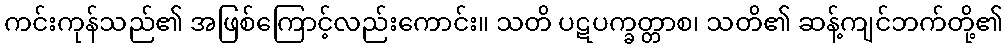
ကင်းကုန်သည်၏ အဖြစ်ကြောင့်လည်းကောင်း။ သတိ ပဋပက္ခတ္တာစ၊ သတိ၏ ဆန့်ကျင်ဘက်တို့၏